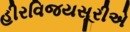
હીરવિજયસૂરીએ